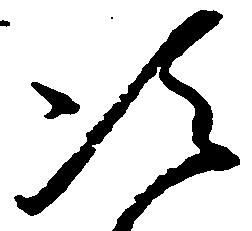
次